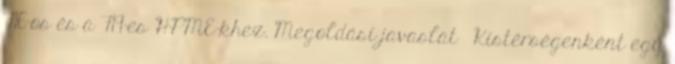
716-os és a 719-es HPME-khez. Megoldási javaslat ▪Kistérségenként egy